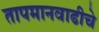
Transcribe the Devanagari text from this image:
तापमानवाढीचे